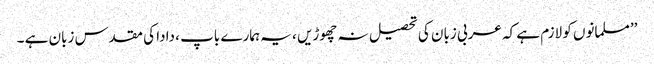
’’مسلمانوں کو لازم ہے کہ عربی زبان کی تحصیل نہ چھوڑیں ، یہ ہمارے باپ ، دادا کی مقدس زبان ہے ۔